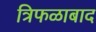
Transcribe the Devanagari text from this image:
त्रिफळाबाद